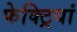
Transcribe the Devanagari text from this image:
फेक्ट्रियां